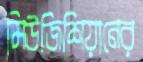
মিউজিশিয়ানের